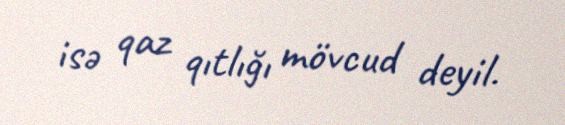
isə qaz qıtlığı mövcud deyil.